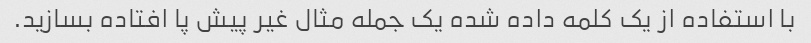
با استفاده از یک کلمه داده شده یک جمله مثال غیر پیش پا افتاده بسازید.